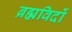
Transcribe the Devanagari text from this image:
ब्रह्मविदों